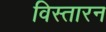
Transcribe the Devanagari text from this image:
विस्तारन